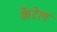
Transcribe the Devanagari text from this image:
कैंटेल